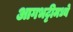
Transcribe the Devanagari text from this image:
आगभट्टीमध्ये